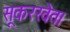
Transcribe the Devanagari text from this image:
सूकरखेत।